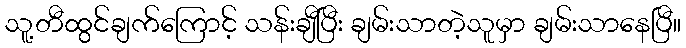
သူ့တီထွင်ချက်ကြောင့် သန်းချီပြီး ချမ်းသာတဲ့သူမှာ ချမ်းသာနေပြီ။